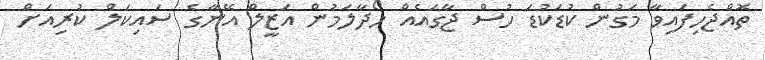
ތޮއްޖެހިފައިވާ މަގުުން ކުޑަކުޑަ ހުސް ޖާގައެއް ހޯދާލަމުން އަޒީލް އޭނާގެ ސައިކަލް ކުރިއަށް